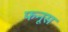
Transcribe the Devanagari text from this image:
फनूस